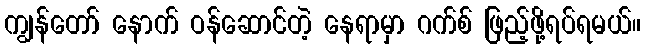
ကျွန်တော် နောက် ဝန်ဆောင်တဲ့ နေရာမှာ ဂက်စ် ဖြည့်ဖို့ရပ်ရမယ်။